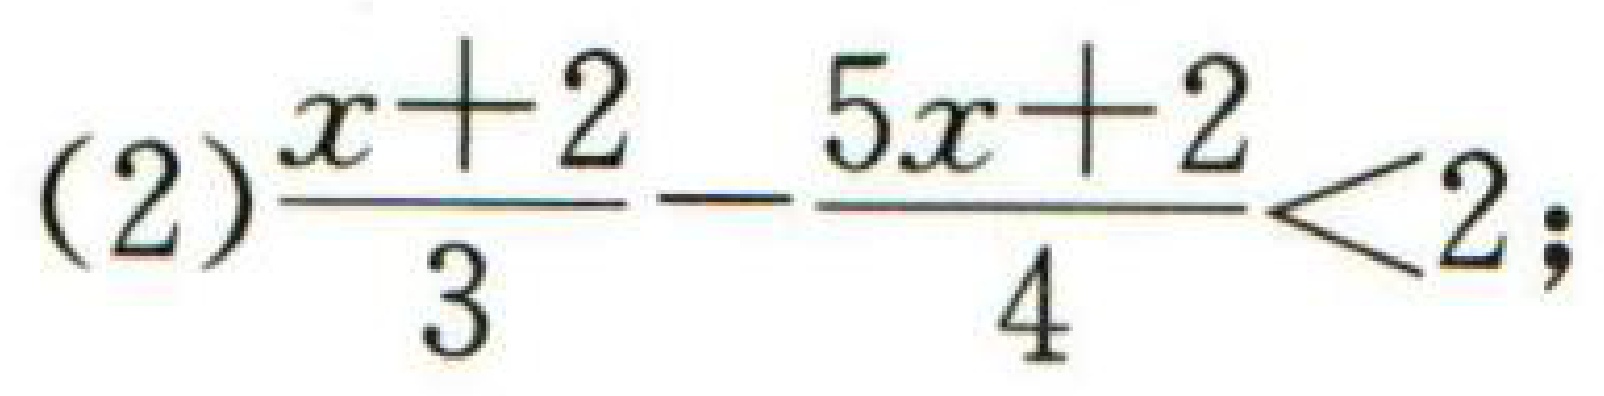
(2)$\frac{x + 2}{3}-\frac{5x + 2}{4}<2$;